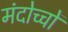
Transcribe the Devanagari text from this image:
मंदोच्चों